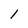
Character: 1